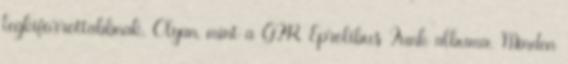
legkiforrottabbnak. Olyan, mint a GFR Eprolibus Funk albuma. Minden